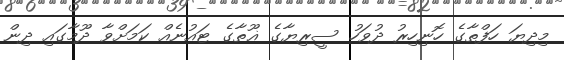
މިދިޔަ ހަފްތާގެ ހޮނިހިރު ދުވަހު ސީރިޔާގެ ޣޫތާގެ ޓައުނެއް ކަމަށްވާ ދޫމާގައި ދިން